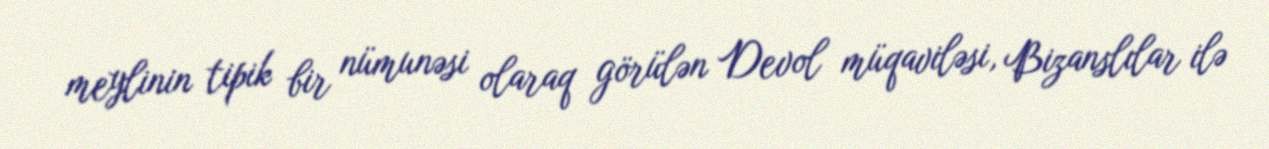
meylinin tipik bir nümunəsi olaraq görülən Devol müqaviləsi, Bizanslılar ilə